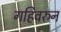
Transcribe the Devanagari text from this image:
गहिवरुन